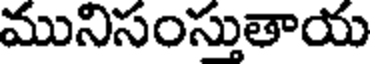
మునిసంస్తుతాయ